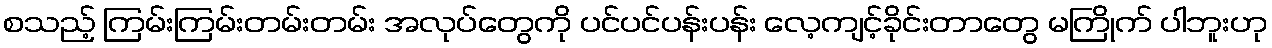
စသည့် ကြမ်းကြမ်းတမ်းတမ်း အလုပ်တွေကို ပင်ပင်ပန်းပန်း လေ့ကျင့်ခိုင်းတာတွေ မကြိုက် ပါဘူးဟု